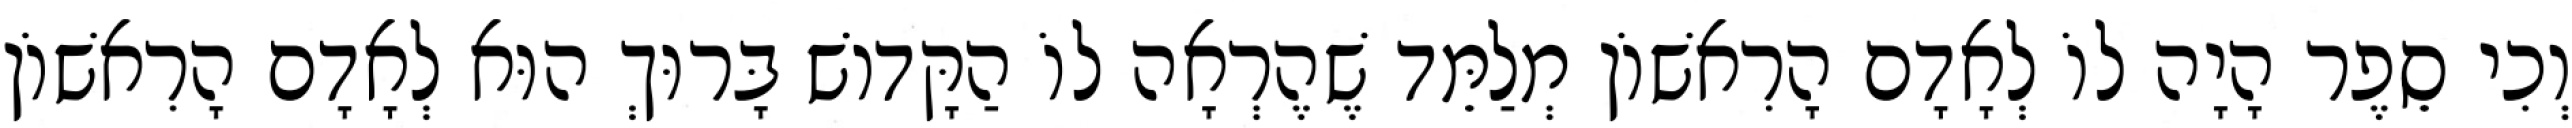
וְכִי סֵפֶר הָיָה לוֹ לְאָדָם הָרִאשׁוֹן מְלַמֵּד שֶׁהֶרְאָה לוֹ הַקָּדוֹשׁ בָּרוּךְ הוּא לְאָדָם הָרִאשׁוֹן